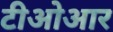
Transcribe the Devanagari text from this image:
टीओआर